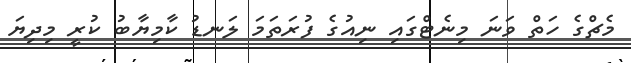
މެޗްގެ ހަތް ވަނަ މިނެޓްގައި ނިއުގެ ފުރަތަމަ ލަނޑު ކާމިޔާބު ކުރީ މިދިޔަ